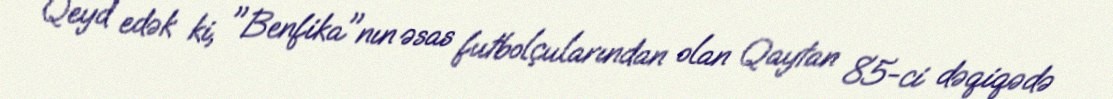
Qeyd edək ki, "Benfika"nın əsas futbolçularından olan Qaytan 85-ci dəqiqədə